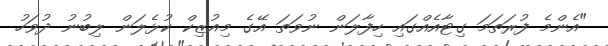
"އެންމެ ފުރަތަމަ ގިޓާއެއްގައި ހިފާލަން ނުވަތަ އޭގެ މިއުޒިކް ކުޅެލަން ލިބުނު ދުވަހު